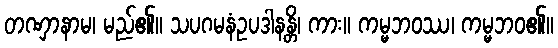
တဏှာနာမ၊ မည်၏။ သပဂမနံဥပဒါနန္တိ၊ ကား။ ကမ္မဘဝဿ၊ ကမ္မဘဝ၏။